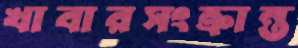
খাবারসংক্রান্ত